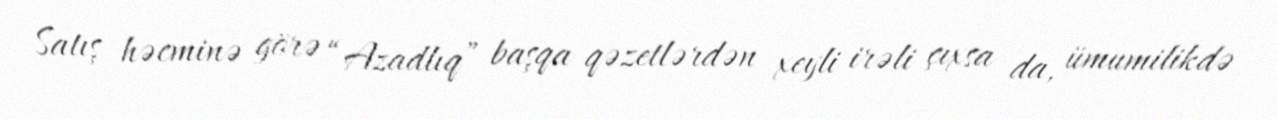
Satış həcminə görə “Azadlıq” başqa qəzetlərdən xeyli irəli çıxsa da, ümumilikdə